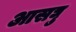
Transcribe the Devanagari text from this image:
आसघु